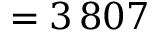
= 3 \, 8 0 7